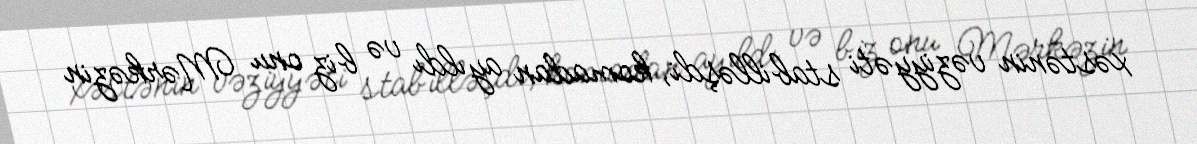
xəstənin vəziyyəti stabilləşdi, komadan ayıldı və biz onu Mərkəzin